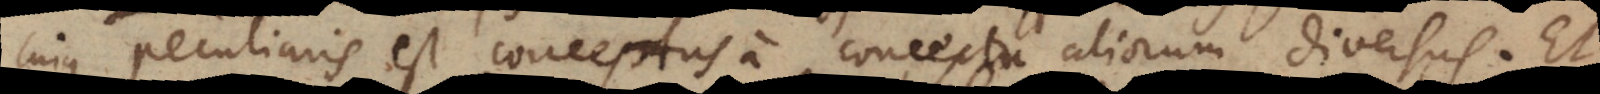
cujus peculiaris est conceptus a conceptu aliorum diversus. Et